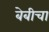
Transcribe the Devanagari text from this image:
बेबीचा